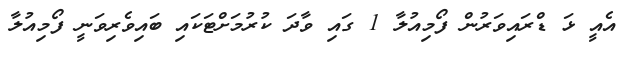
އެއީ ޅަ ޑްރައިވަރުން ފޯމިއުލާ 1 ގައި ވާދަ ކުރުމަށްޓަކައި ބައިވެރިވަނީ ފޯމިއުލާ